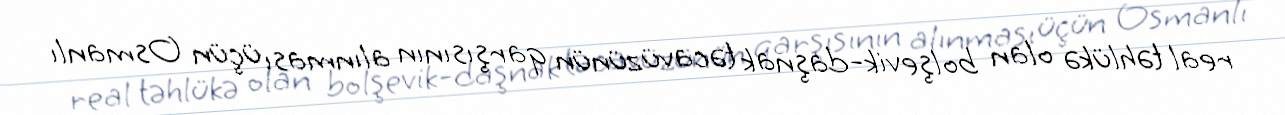
real təhlükə olan bolşevik-daşnak təcavüzünün qarşısının alınması üçün Osmanlı